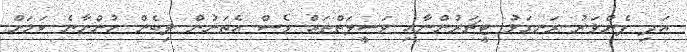
އަދި ފެންވަރު ރަނގަޅު ޓީޗަރުންނާއި ވަސީލަތްތައް ވެސް އެތަނުން ލިބެން ހުންނާނެ ކަމަށް